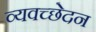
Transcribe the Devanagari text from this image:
व्यवच्छेदन